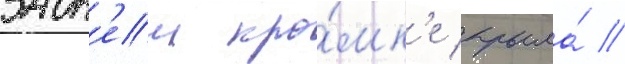
задн'еи кро́мк'е крыла́ //